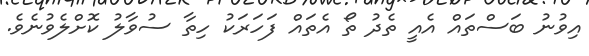
އިވުނު ބަސްތައް އެއީ ތެދު ތޯ އެތައް ފަހަރަކު ހިތާ ސުވާލު ކޮށްލެވުނެވެ.